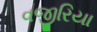
વજીરિયા